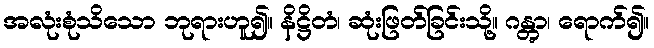
အလုံးစုံသိသော ဘုရားဟူ၍။ နိဋ္ဌိတံ၊ ဆုံးဖြတ်ခြင်းသို့။ ဂန္တွာ၊ ရောက်၍။